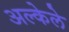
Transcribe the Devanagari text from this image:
अल्केले